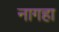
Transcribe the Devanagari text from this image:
नागहा